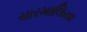
ચારમાલિયા